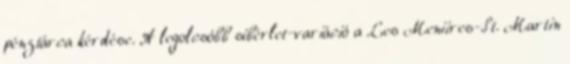
pénztárca kérdése. A legolcsóbb síbérlet-variáció a Les Meniires-St. Martin